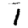
Digit: 1